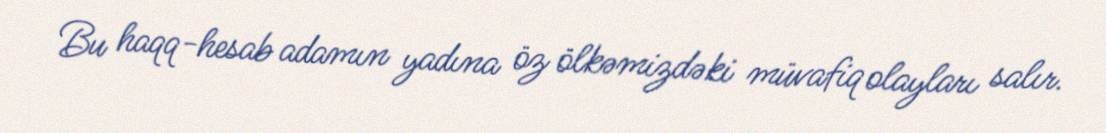
Bu haqq-hesab adamın yadına öz ölkəmizdəki müvafiq olayları salır.